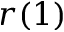
r ( 1 )